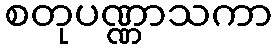
စတုပဏ္ဏာသကာ